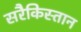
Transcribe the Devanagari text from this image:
सरैकिस्तान